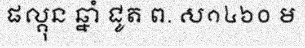
ផល្គុន ឆ្នាំ ជូត ព. ស១៤៦០ ម